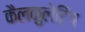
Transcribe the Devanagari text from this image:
कैलकुलेटिंग